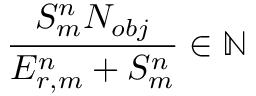
\frac { S _ { m } ^ { n } N _ { o b j } } { E _ { r , m } ^ { n } + S _ { m } ^ { n } } \in \mathbb { N }